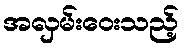
အလှမ်းဝေးသည့်